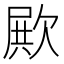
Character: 𣣣